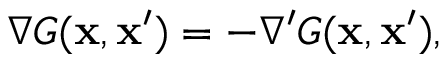
\begin{array} { r } { \nabla G ( \mathbf { x } , \mathbf { x } ^ { \prime } ) = - \nabla ^ { \prime } G ( \mathbf { x } , \mathbf { x } ^ { \prime } ) , } \end{array}